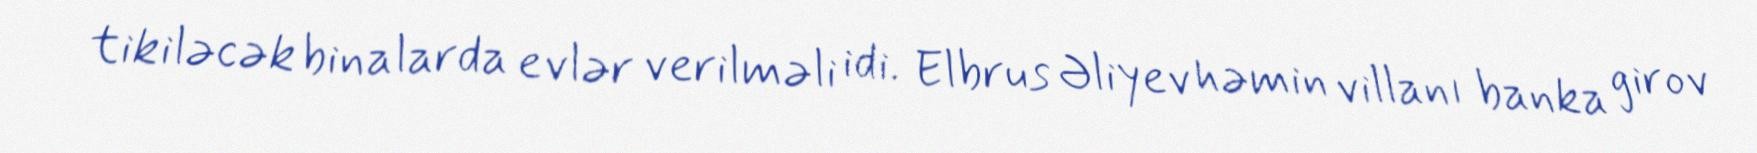
tikiləcək binalarda evlər verilməli idi. Elbrus Əliyev həmin villanı banka girov